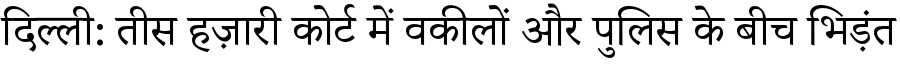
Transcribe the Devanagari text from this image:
दिल्ली: तीस हज़ारी कोर्ट में वकीलों और पुलिस के बीच भिड़ंत